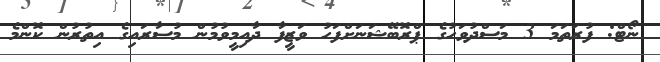
ނޯޓް: ފުރަތަމަ 3 މަސްދުވަހުގެ ޕްރޮބޭޝަނަށްފަހު ވަޒީފާ ދާއިމީވުމުން މުސާރައިގެ އިތުރުން ކޮންމެ